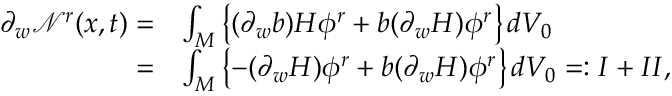
\begin{array} { r l } { \partial _ { w } \ensuremath { \mathcal { N } } ^ { r } ( x , t ) = } & { \int _ { M } \left\{ ( \partial _ { w } b ) H \phi ^ { r } + b ( \partial _ { w } H ) \phi ^ { r } \right\} d V _ { 0 } } \\ { = } & { \int _ { M } \left\{ - ( \partial _ { w } H ) \phi ^ { r } + b ( \partial _ { w } H ) \phi ^ { r } \right\} d V _ { 0 } = : I + I I , } \end{array}